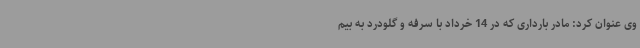
وی عنوان کرد: مادر بارداری که در 14 خرداد با سرفه و گلودرد به بیم